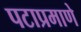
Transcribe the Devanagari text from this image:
पटाप्रमाणे